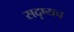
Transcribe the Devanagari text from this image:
सदृष्यच